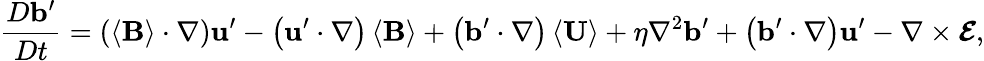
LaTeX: \frac{D\mathbf{b}^{\prime}}{Dt}=\left(\left\langle\mathbf{B}\right\rangle\cdot\nabla\right)\mathbf{u}^{\prime}-\left(\mathbf{u}^{\prime}\cdot\nabla\right)\left\langle\mathbf{B}\right\rangle+\left(\mathbf{b}^{\prime}\cdot\nabla\right)\left\langle\mathbf{U}\right\rangle+\eta\nabla^{2}\mathbf{b}^{\prime}+\left(\mathbf{b}^{\prime}\cdot\nabla\right)\mathbf{u}^{\prime}-\nabla\times\boldsymbol{\mathcal{E}},